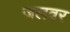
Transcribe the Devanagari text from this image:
जलवर